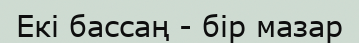
Екі бассаң - бір мазар